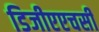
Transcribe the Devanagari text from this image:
डिजीएएचसी